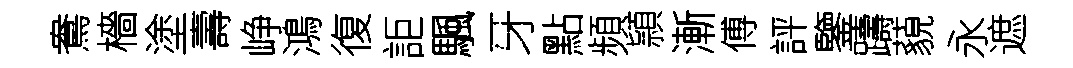
鴦檣塗壽峥鴻復詎颿牙點頻頴漸傅評鑒躊藐永遮